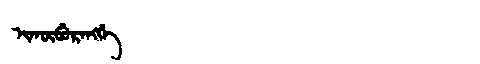
Manchu: ᡳᡴᡡᠪᡠᡵᠠᠩᡤᡝ
Romanization: IKŪBURANGGE